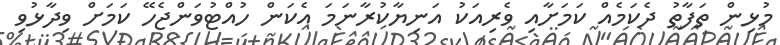
މުޅިން ތަފާތު ދެކަމެއް ކަަމަށާއި ވެރިއަކު އަނިޔާކުރާނަމަ އެކަން ހުއްޓުވަންޖެހޭ ކަމަށް ވިދާޅުވި